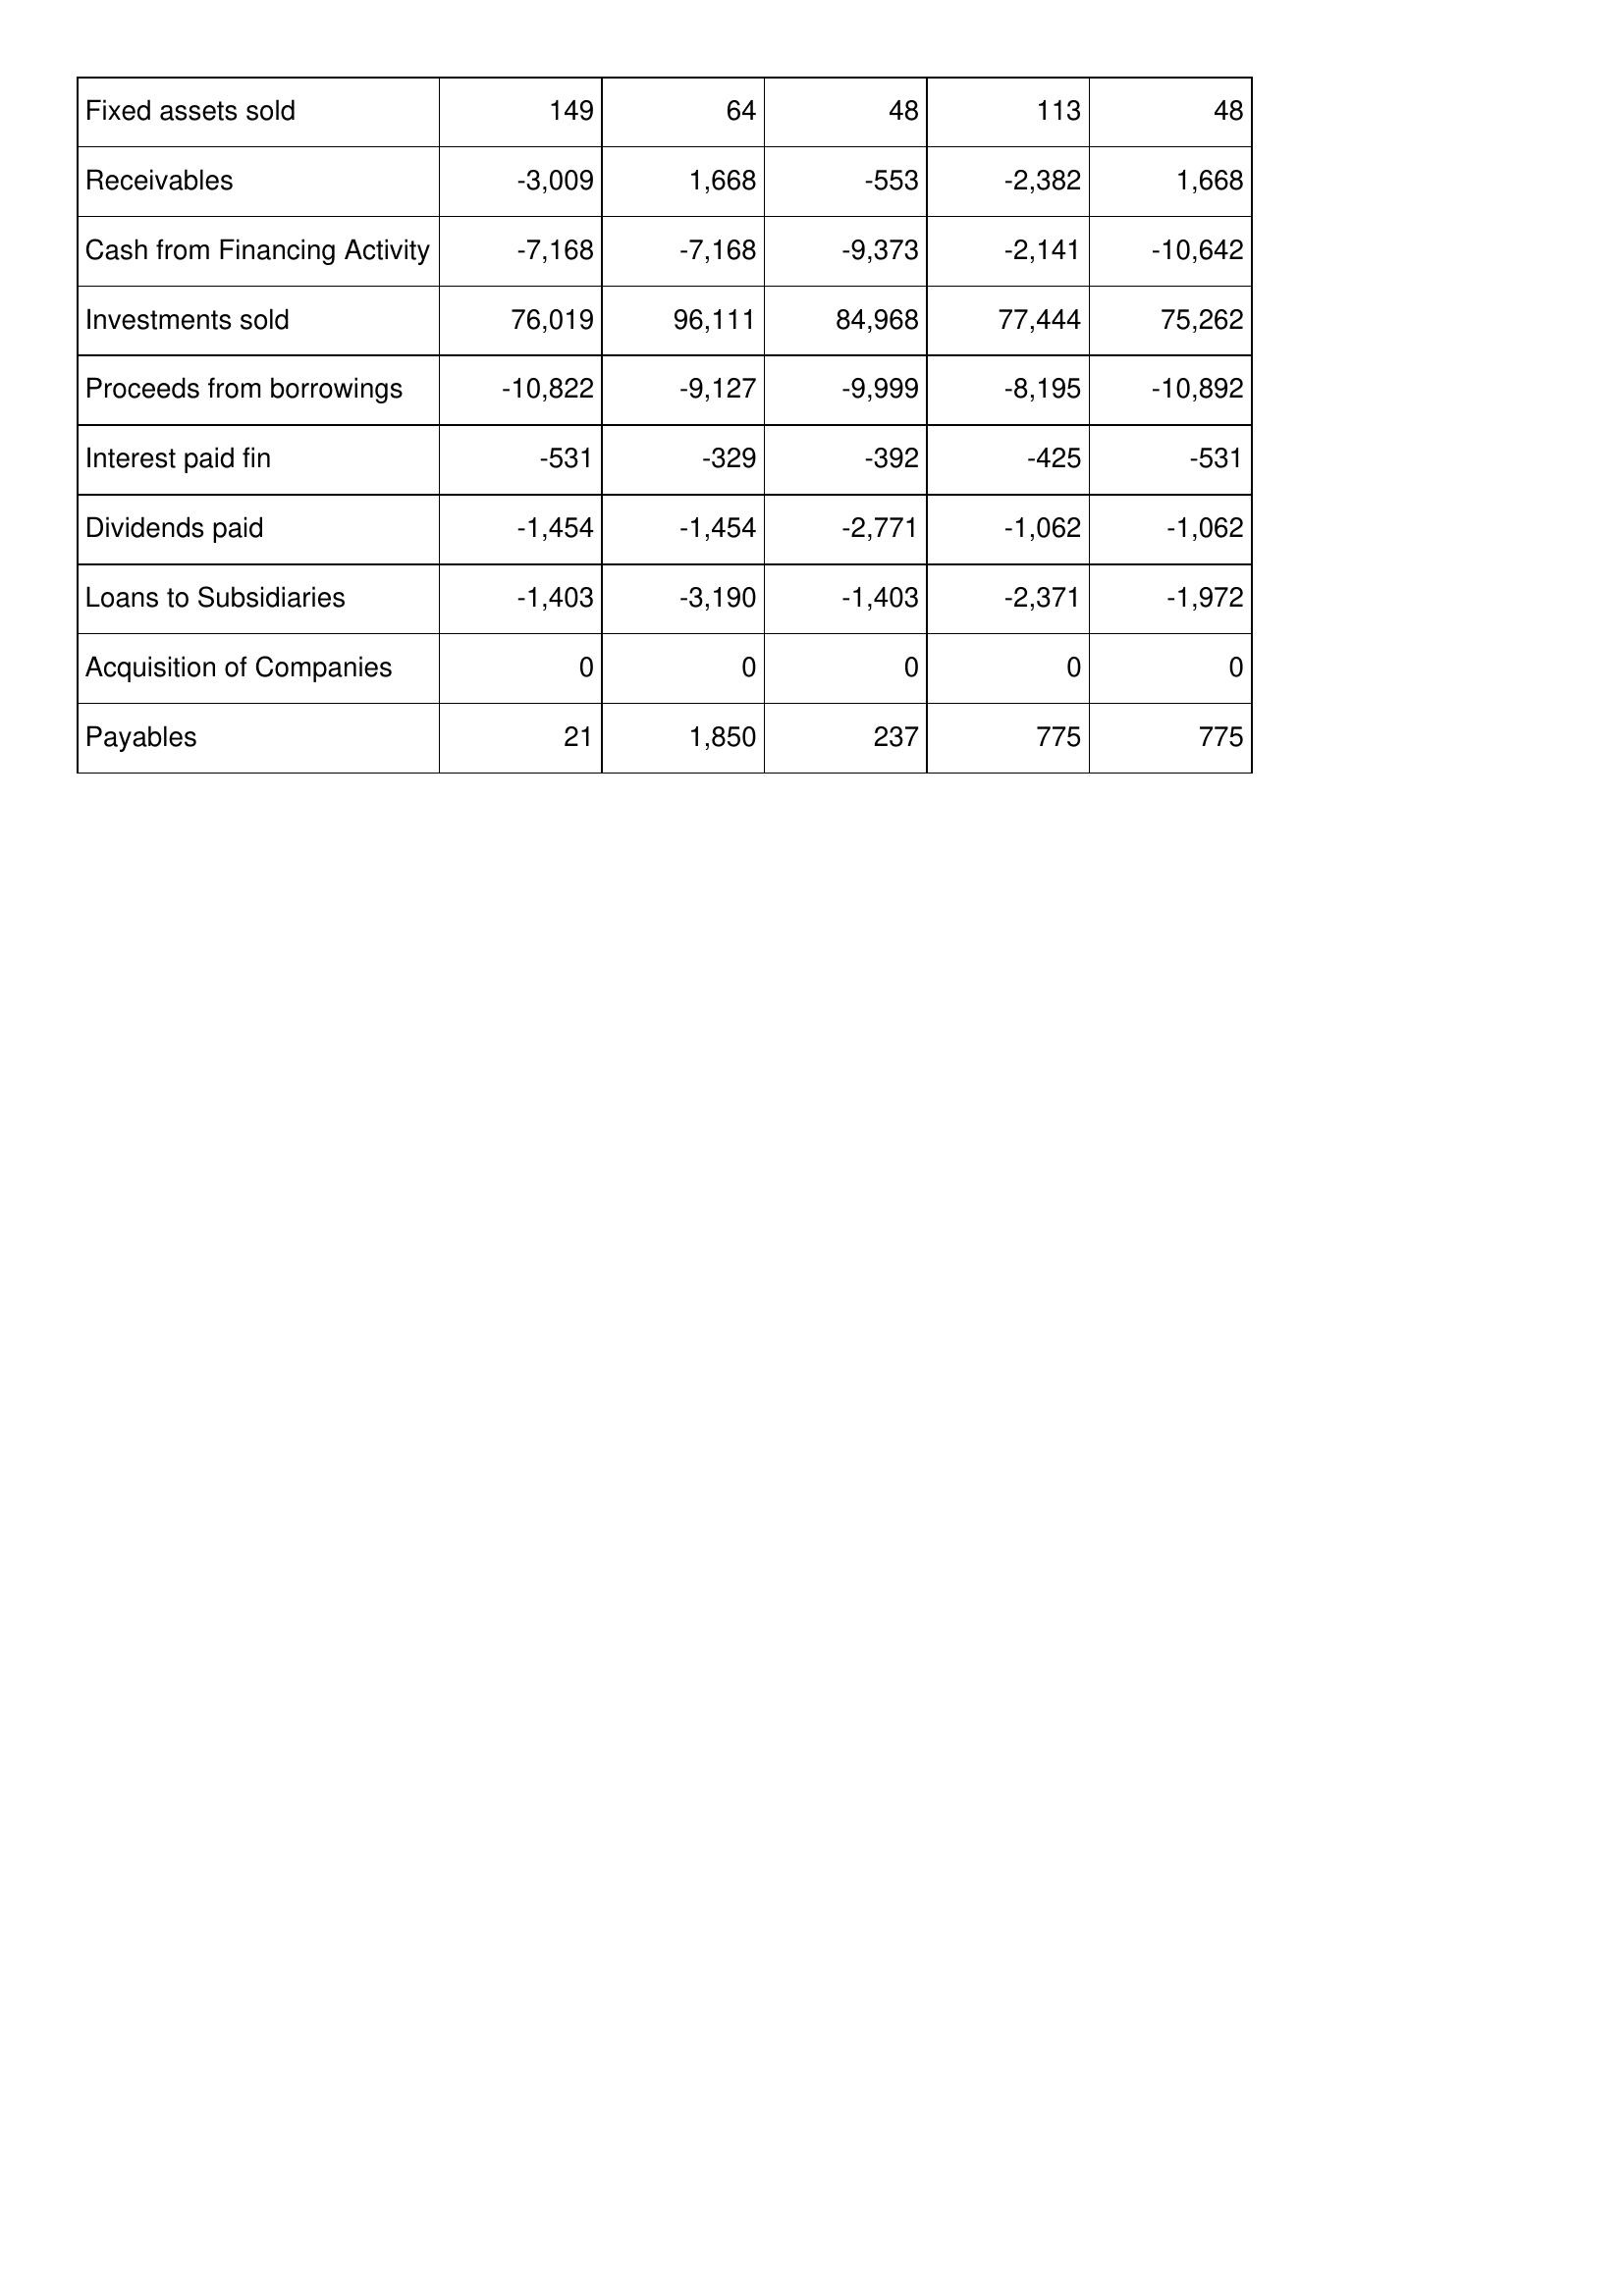
Dec-11: Cash Flows: Fixed assets sold: 149
Receivables: -3,009
Cash from Financing Activity: -7,168
Investments sold: 76,019
Proceeds from borrowings: -10,822
Interest paid fin: -531
Dividends paid: -1,454
Loans to Subsidiaries: -1,403
Acquisition of Companies: 0
Payables: 21
Dec-10: Cash Flows: Fixed assets sold: 64
Receivables: 1,668
Cash from Financing Activity: -7,168
Investments sold: 96,111
Proceeds from borrowings: -9,127
Interest paid fin: -329
Dividends paid: -1,454
Loans to Subsidiaries: -3,190
Acquisition of Companies: 0
Payables: 1,850
Dec-09: Cash Flows: Fixed assets sold: 48
Receivables: -553
Cash from Financing Activity: -9,373
Investments sold: 84,968
Proceeds from borrowings: -9,999
Interest paid fin: -392
Dividends paid: -2,771
Loans to Subsidiaries: -1,403
Acquisition of Companies: 0
Payables: 237
Dec-08: Cash Flows: Fixed assets sold: 113
Receivables: -2,382
Cash from Financing Activity: -2,141
Investments sold: 77,444
Proceeds from borrowings: -8,195
Interest paid fin: -425
Dividends paid: -1,062
Loans to Subsidiaries: -2,371
Acquisition of Companies: 0
Payables: 775
Dec-07: Cash Flows: Fixed assets sold: 48
Receivables: 1,668
Cash from Financing Activity: -10,642
Investments sold: 75,262
Proceeds from borrowings: -10,892
Interest paid fin: -531
Dividends paid: -1,062
Loans to Subsidiaries: -1,972
Acquisition of Companies: 0
Payables: 775